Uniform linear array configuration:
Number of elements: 12
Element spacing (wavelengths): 0.5
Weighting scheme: uniform
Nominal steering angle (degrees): -60
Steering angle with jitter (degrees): -58.524
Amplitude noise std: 0.05
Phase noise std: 0.05

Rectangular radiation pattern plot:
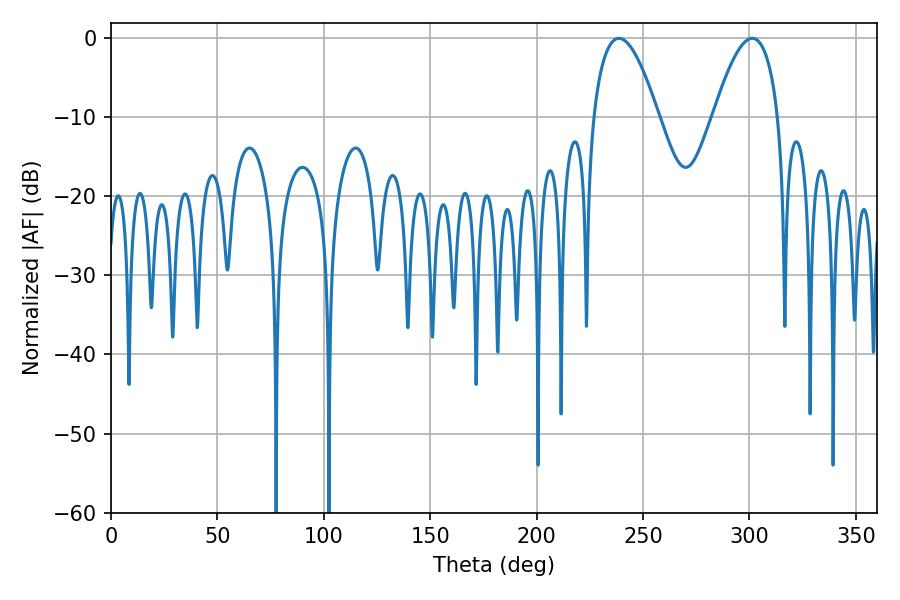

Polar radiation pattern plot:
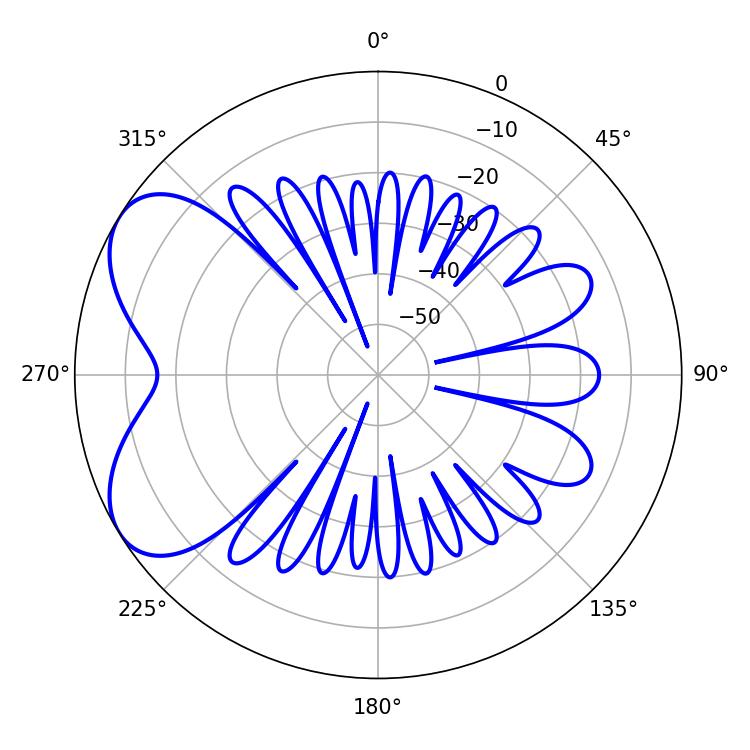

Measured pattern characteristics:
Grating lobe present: FALSE
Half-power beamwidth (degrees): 16.92
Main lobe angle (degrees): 238.68